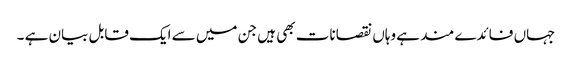
جہاں فائدے مند ہے وہاں نقصانات بھی ہیں جن میں سے ایک قابل بیان ہے ۔